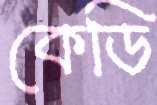
কেডি